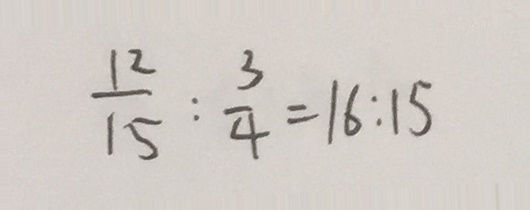
\frac { 1 2 } { 1 5 } : \frac { 3 } { 4 } = 1 6 : 1 5